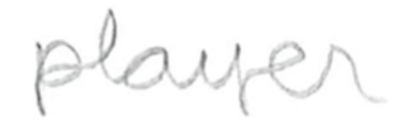
Text: player
Cross-out: clean
Writing tool: pencil